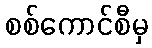
စစ်ကောင်စီမှ